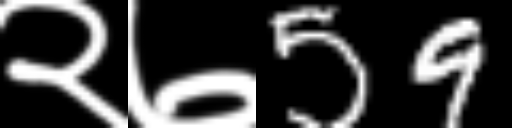
Text: २७59